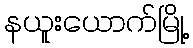
နယူးယောက်မြို့